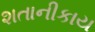
શતાનીકાય